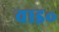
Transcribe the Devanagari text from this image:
वाइ॰